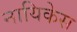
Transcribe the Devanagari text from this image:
नायिकेस